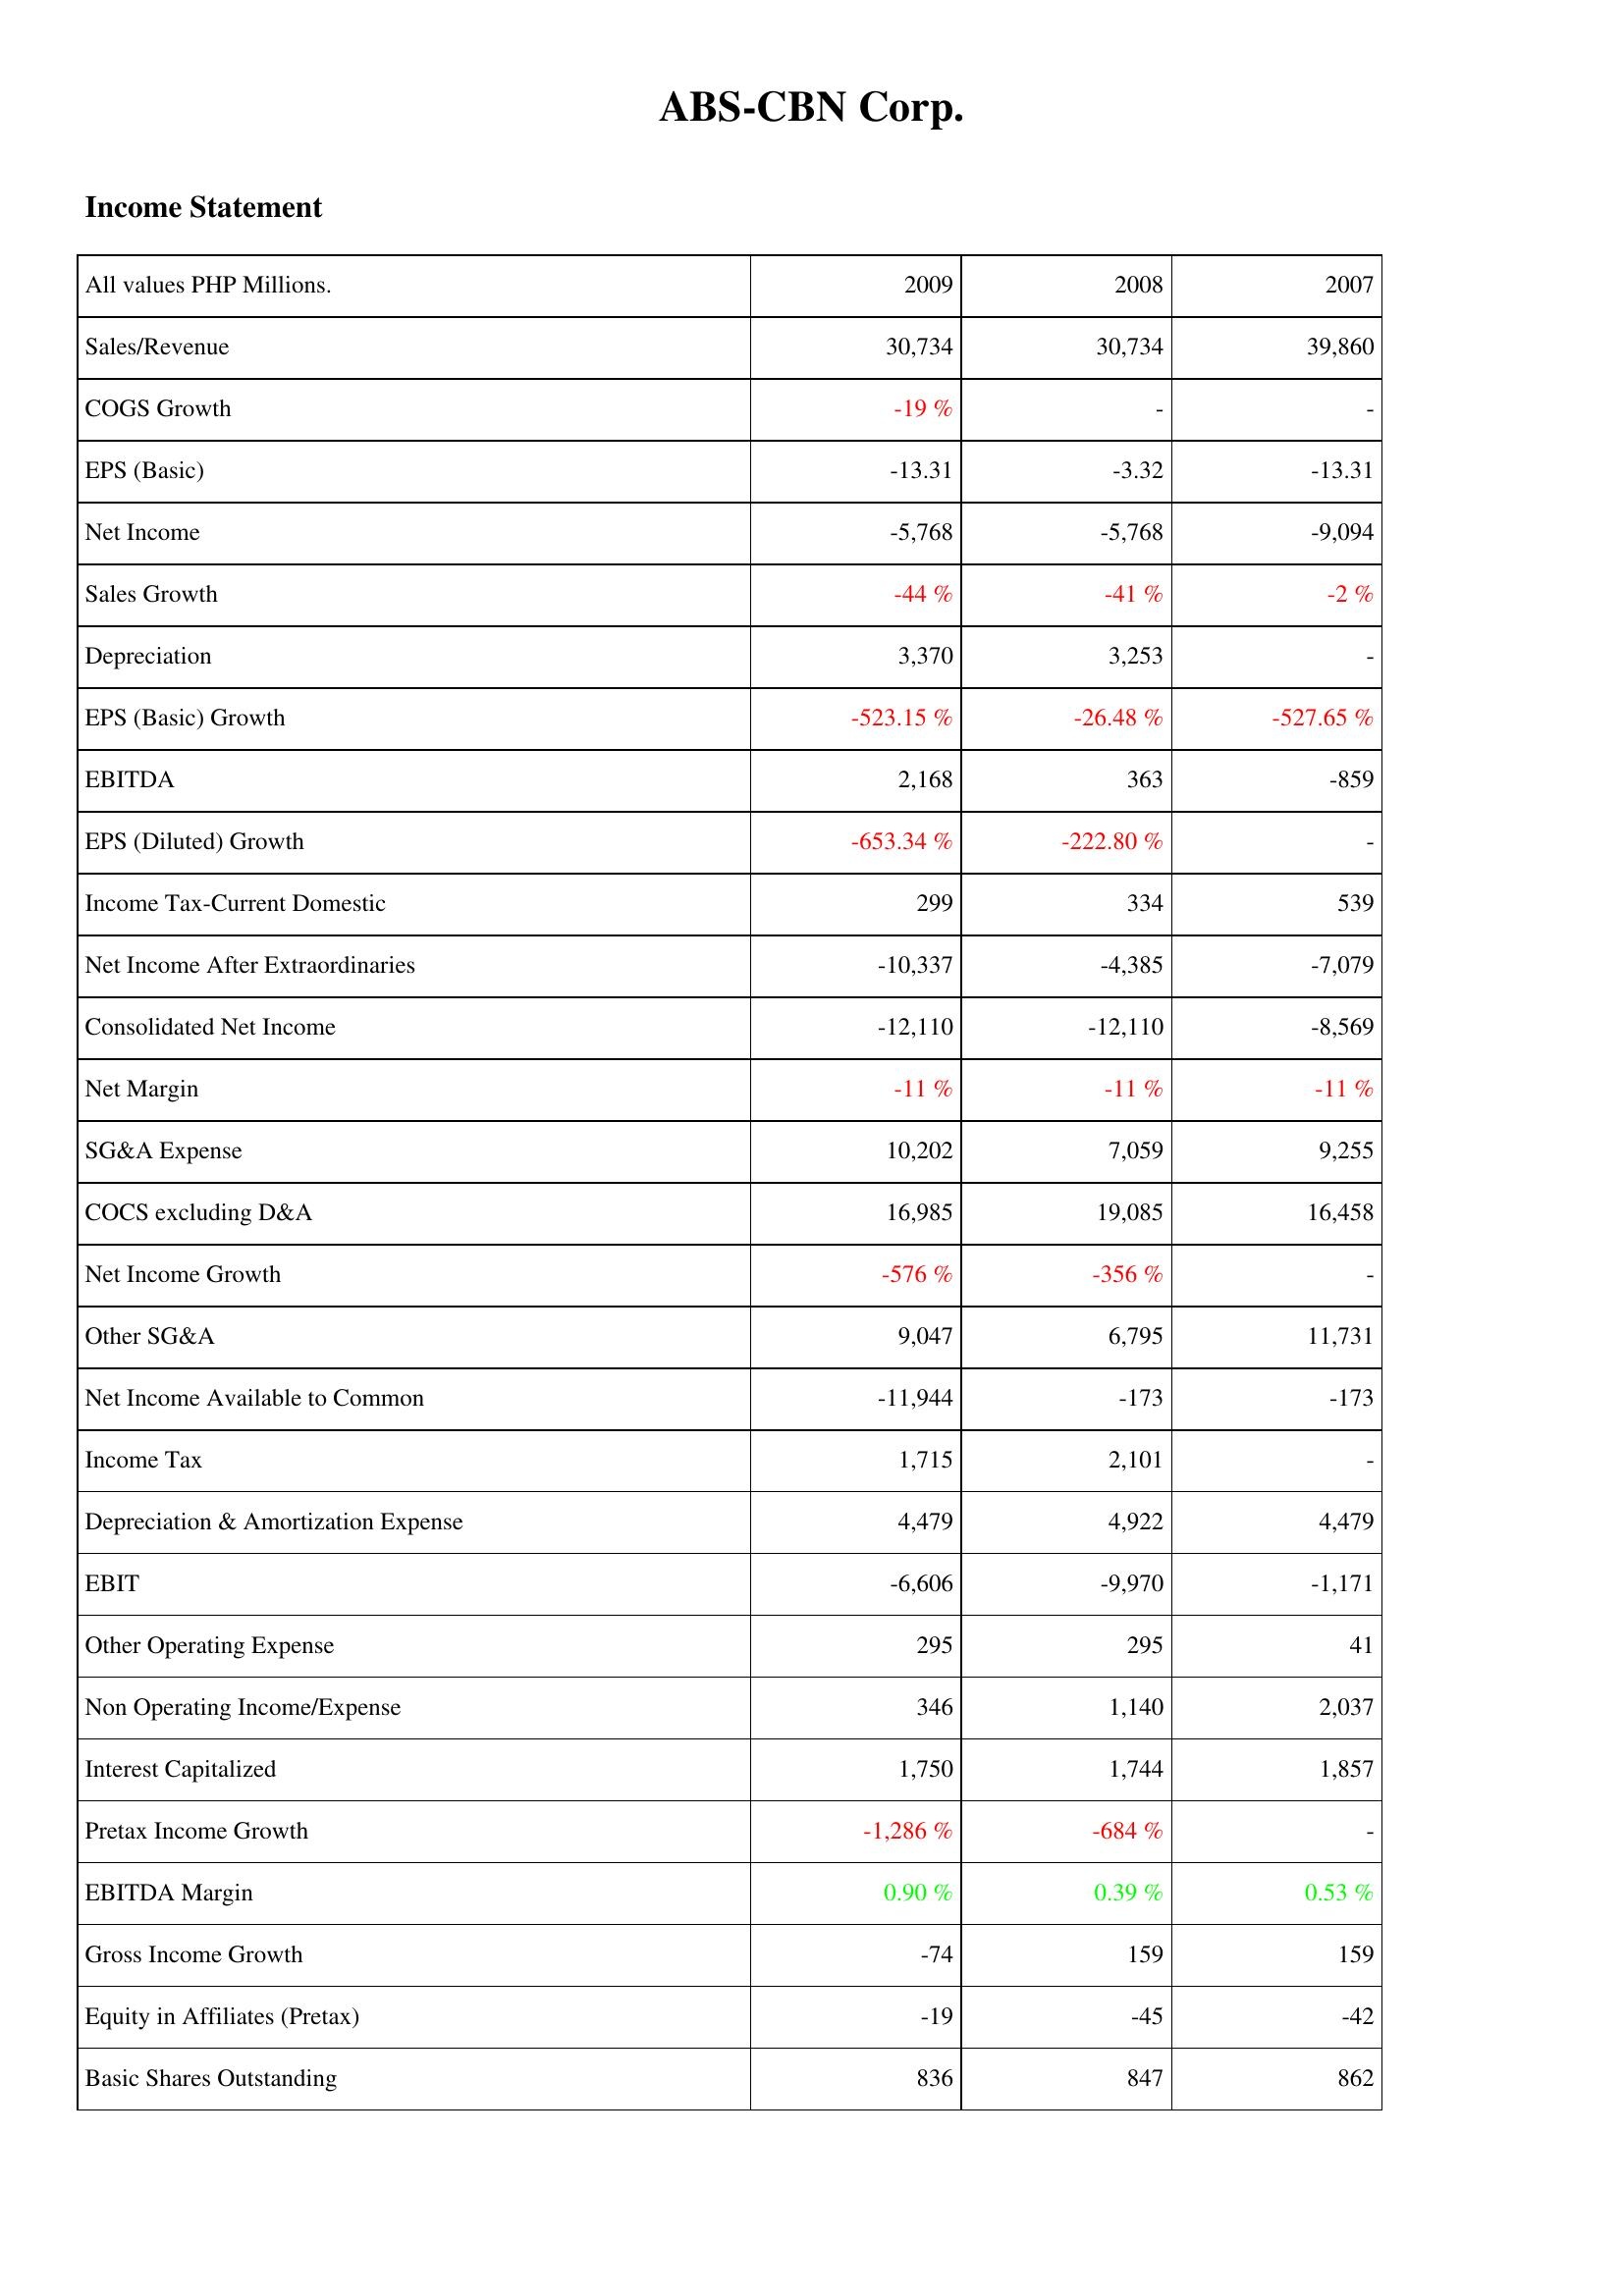
2009: Income Statement: Sales/Revenue: 30,734
COGS Growth: -19 %
EPS (Basic): -13.31
Net Income: -5,768
Sales Growth: -44 %
Depreciation: 3,370
EPS (Basic) Growth: -523.15 %
EBITDA: 2,168
EPS (Diluted) Growth: -653.34 %
Income Tax-Current Domestic: 299
Net Income After Extraordinaries: -10,337
Consolidated Net Income: -12,110
Net Margin: -11 %
SG&A Expense: 10,202
COCS excluding D&A: 16,985
Net Income Growth: -576 %
Other SG&A: 9,047
Net Income Available to Common: -11,944
Income Tax: 1,715
Depreciation & Amortization Expense: 4,479
EBIT: -6,606
Other Operating Expense: 295
Non Operating Income/Expense: 346
Interest Capitalized: 1,750
Pretax Income Growth: -1,286 %
EBITDA Margin: 0.90 %
Gross Income Growth: -74
Equity in Affiliates (Pretax): -19
Basic Shares Outstanding: 836
2008: Income Statement: Sales/Revenue: 30,734
COGS Growth: -
EPS (Basic): -3.32
Net Income: -5,768
Sales Growth: -41 %
Depreciation: 3,253
EPS (Basic) Growth: -26.48 %
EBITDA: 363
EPS (Diluted) Growth: -222.80 %
Income Tax-Current Domestic: 334
Net Income After Extraordinaries: -4,385
Consolidated Net Income: -12,110
Net Margin: -11 %
SG&A Expense: 7,059
COCS excluding D&A: 19,085
Net Income Growth: -356 %
Other SG&A: 6,795
Net Income Available to Common: -173
Income Tax: 2,101
Depreciation & Amortization Expense: 4,922
EBIT: -9,970
Other Operating Expense: 295
Non Operating Income/Expense: 1,140
Interest Capitalized: 1,744
Pretax Income Growth: -684 %
EBITDA Margin: 0.39 %
Gross Income Growth: 159
Equity in Affiliates (Pretax): -45
Basic Shares Outstanding: 847
2007: Income Statement: Sales/Revenue: 39,860
COGS Growth: -
EPS (Basic): -13.31
Net Income: -9,094
Sales Growth: -2 %
Depreciation: -
EPS (Basic) Growth: -527.65 %
EBITDA: -859
EPS (Diluted) Growth: -
Income Tax-Current Domestic: 539
Net Income After Extraordinaries: -7,079
Consolidated Net Income: -8,569
Net Margin: -11 %
SG&A Expense: 9,255
COCS excluding D&A: 16,458
Net Income Growth: -
Other SG&A: 11,731
Net Income Available to Common: -173
Income Tax: -
Depreciation & Amortization Expense: 4,479
EBIT: -1,171
Other Operating Expense: 41
Non Operating Income/Expense: 2,037
Interest Capitalized: 1,857
Pretax Income Growth: -
EBITDA Margin: 0.53 %
Gross Income Growth: 159
Equity in Affiliates (Pretax): -42
Basic Shares Outstanding: 862